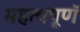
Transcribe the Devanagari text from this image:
महत्वपूणॅ